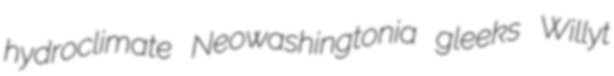
hydroclimate Neowashingtonia gleeks Willyt